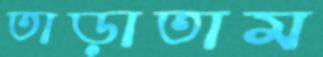
তাড়াতাম